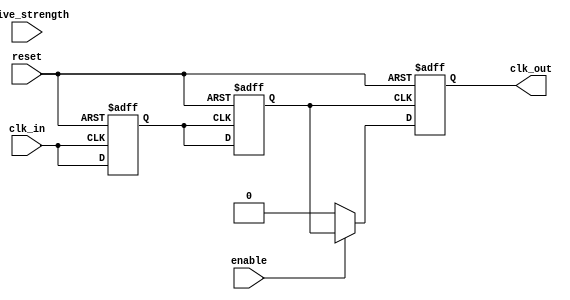
module low_power_clock_buffer (
    input wire clk_in,           // Input clock signal
    input wire enable,           // Enable signal for clock gating
    input wire [1:0] drive_strength, // Drive strength control (00: low, 01: medium, 10: high)
    input wire reset,            // Asynchronous reset
    output reg clk_out           // Buffered clock output
);

// Parameters for drive strengths
parameter LOW_DRIVE   = 2'b00;
parameter MEDIUM_DRIVE = 2'b01;
parameter HIGH_DRIVE  = 2'b10;

// Internal signals
reg clk_cond;                // Conditioned clock signal
reg clk_buffered;            // Buffered clock signal

// Input Stage: Clock Conditioning with Hysteresis
always @(posedge clk_in or posedge reset) begin
    if (reset) begin
        clk_cond <= 1'b0;
    end else begin
        // Simple hysteresis implementation (for demonstration)
        clk_cond <= clk_in; // In practice, this would include hysteresis logic
    end
end

// Buffering Stage: Amplifying the clock signal
always @(posedge clk_cond or posedge reset) begin
    if (reset) begin
        clk_buffered <= 1'b0;
    end else begin
        // Buffering logic with different drive strengths
        case (drive_strength)
            LOW_DRIVE:   clk_buffered <= clk_cond; // Low drive strength
            MEDIUM_DRIVE: clk_buffered <= clk_cond; // Medium drive strength
            HIGH_DRIVE:  clk_buffered <= clk_cond; // High drive strength
            default:     clk_buffered <= clk_cond; // Default case
        endcase
    end
end

// Output Stage: Driving the output clock signal
always @(posedge clk_buffered or posedge reset) begin
    if (reset) begin
        clk_out <= 1'b0;
    end else if (enable) begin
        clk_out <= clk_buffered; // Drive the output clock when enabled
    end else begin
        clk_out <= 1'b0; // Gated clock output
    end
end

endmodule